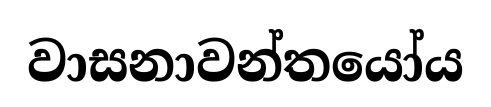
වාසනාවන්තයෝය